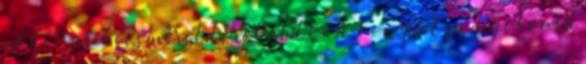
akkor ne becsméreld Próbáld ki A könyvet pedig olvasd